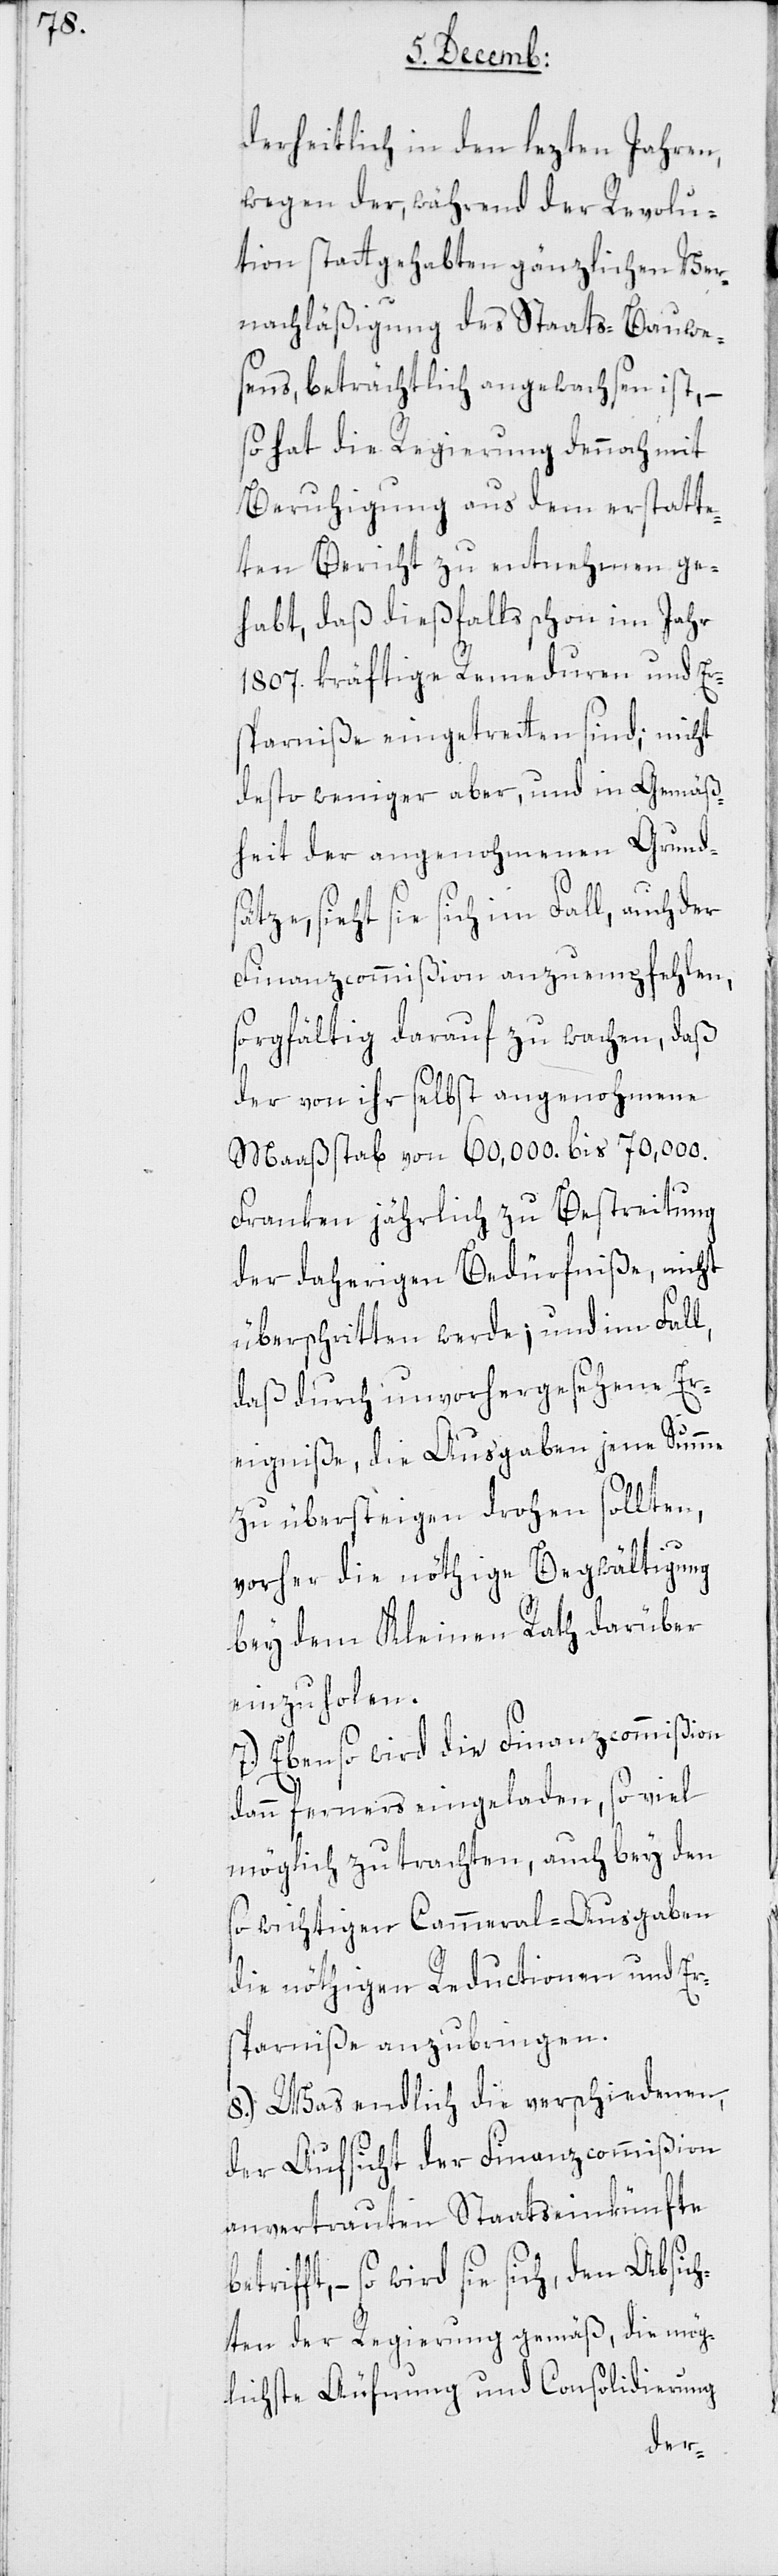
derheitlich in den lezten Jahren,
wegen der während der Revolu¬
tion stattgehabten gänzlichen Ver¬
nachläßigung des Staats-Bauwe¬
sens, beträchtlich angewachsen ist, –
so hat die Regierung dennoch mit
Beruhigung aus dem erstatte¬
ten Bericht zu entnehmen ge¬
habt, daß dießfalls schon im Jahr
1807. kräftige Remeduren und Er¬
sparniße eingetretten sind; nicht
desto weniger aber, und in Gemäß¬
heit der angenohmenen Grund¬
sätze, sieht sie sich im Fall, auch der
Finanzcommißion anzuempfehlen,
sorgfältig darauf zu wachen, daß
der von ihr selbst angenohmene
Maaßstab von 60,000 bis 70,000
Franken jährlich zu Bestreitung
der daherigen Bedürfniße, nicht
überschritten werde; und im Fall,
daß durch unvorhergesehene Er¬
eigniße, die Ausgaben jene Summe
zu übersteigen drohen sollten,
vorher die nöthige Begwältigung
bey dem Kleinen Rath darüber
einzuholen.
7.) Ebenso wird die Finanzcommißion
dann ferners eingeladen, so viel
möglich zu trachten, auch bey den
so wichtigen Cammeral-Ausgaben
die nöthigen Reductionen und Er¬
sparniße anzubringen.
8.) Was endlich die verschiedenen,
der Aufsicht der Finanzcommißion
anvertrauten Staatseinkünfte
so wird sie sich, den Absic¬
hten der Regierung gemäß, die mög¬
lichste Äufnung und Consolidierung